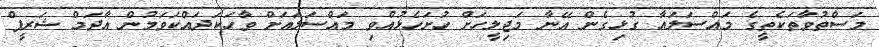
މަސްތުވާތަކެތީގެ މައްސަލައާ ގުޅިގެން އޭނާ މަޖިލީހަށް ހުށަހެޅުއްވި މައްސަލައަށް ވާހަކަދައްކަވަމުން އާދަމް ޝަރީފް